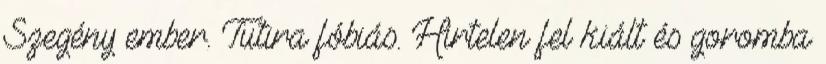
Szegény ember. Tutira fóbiás. Hirtelen fel kiált és goromba